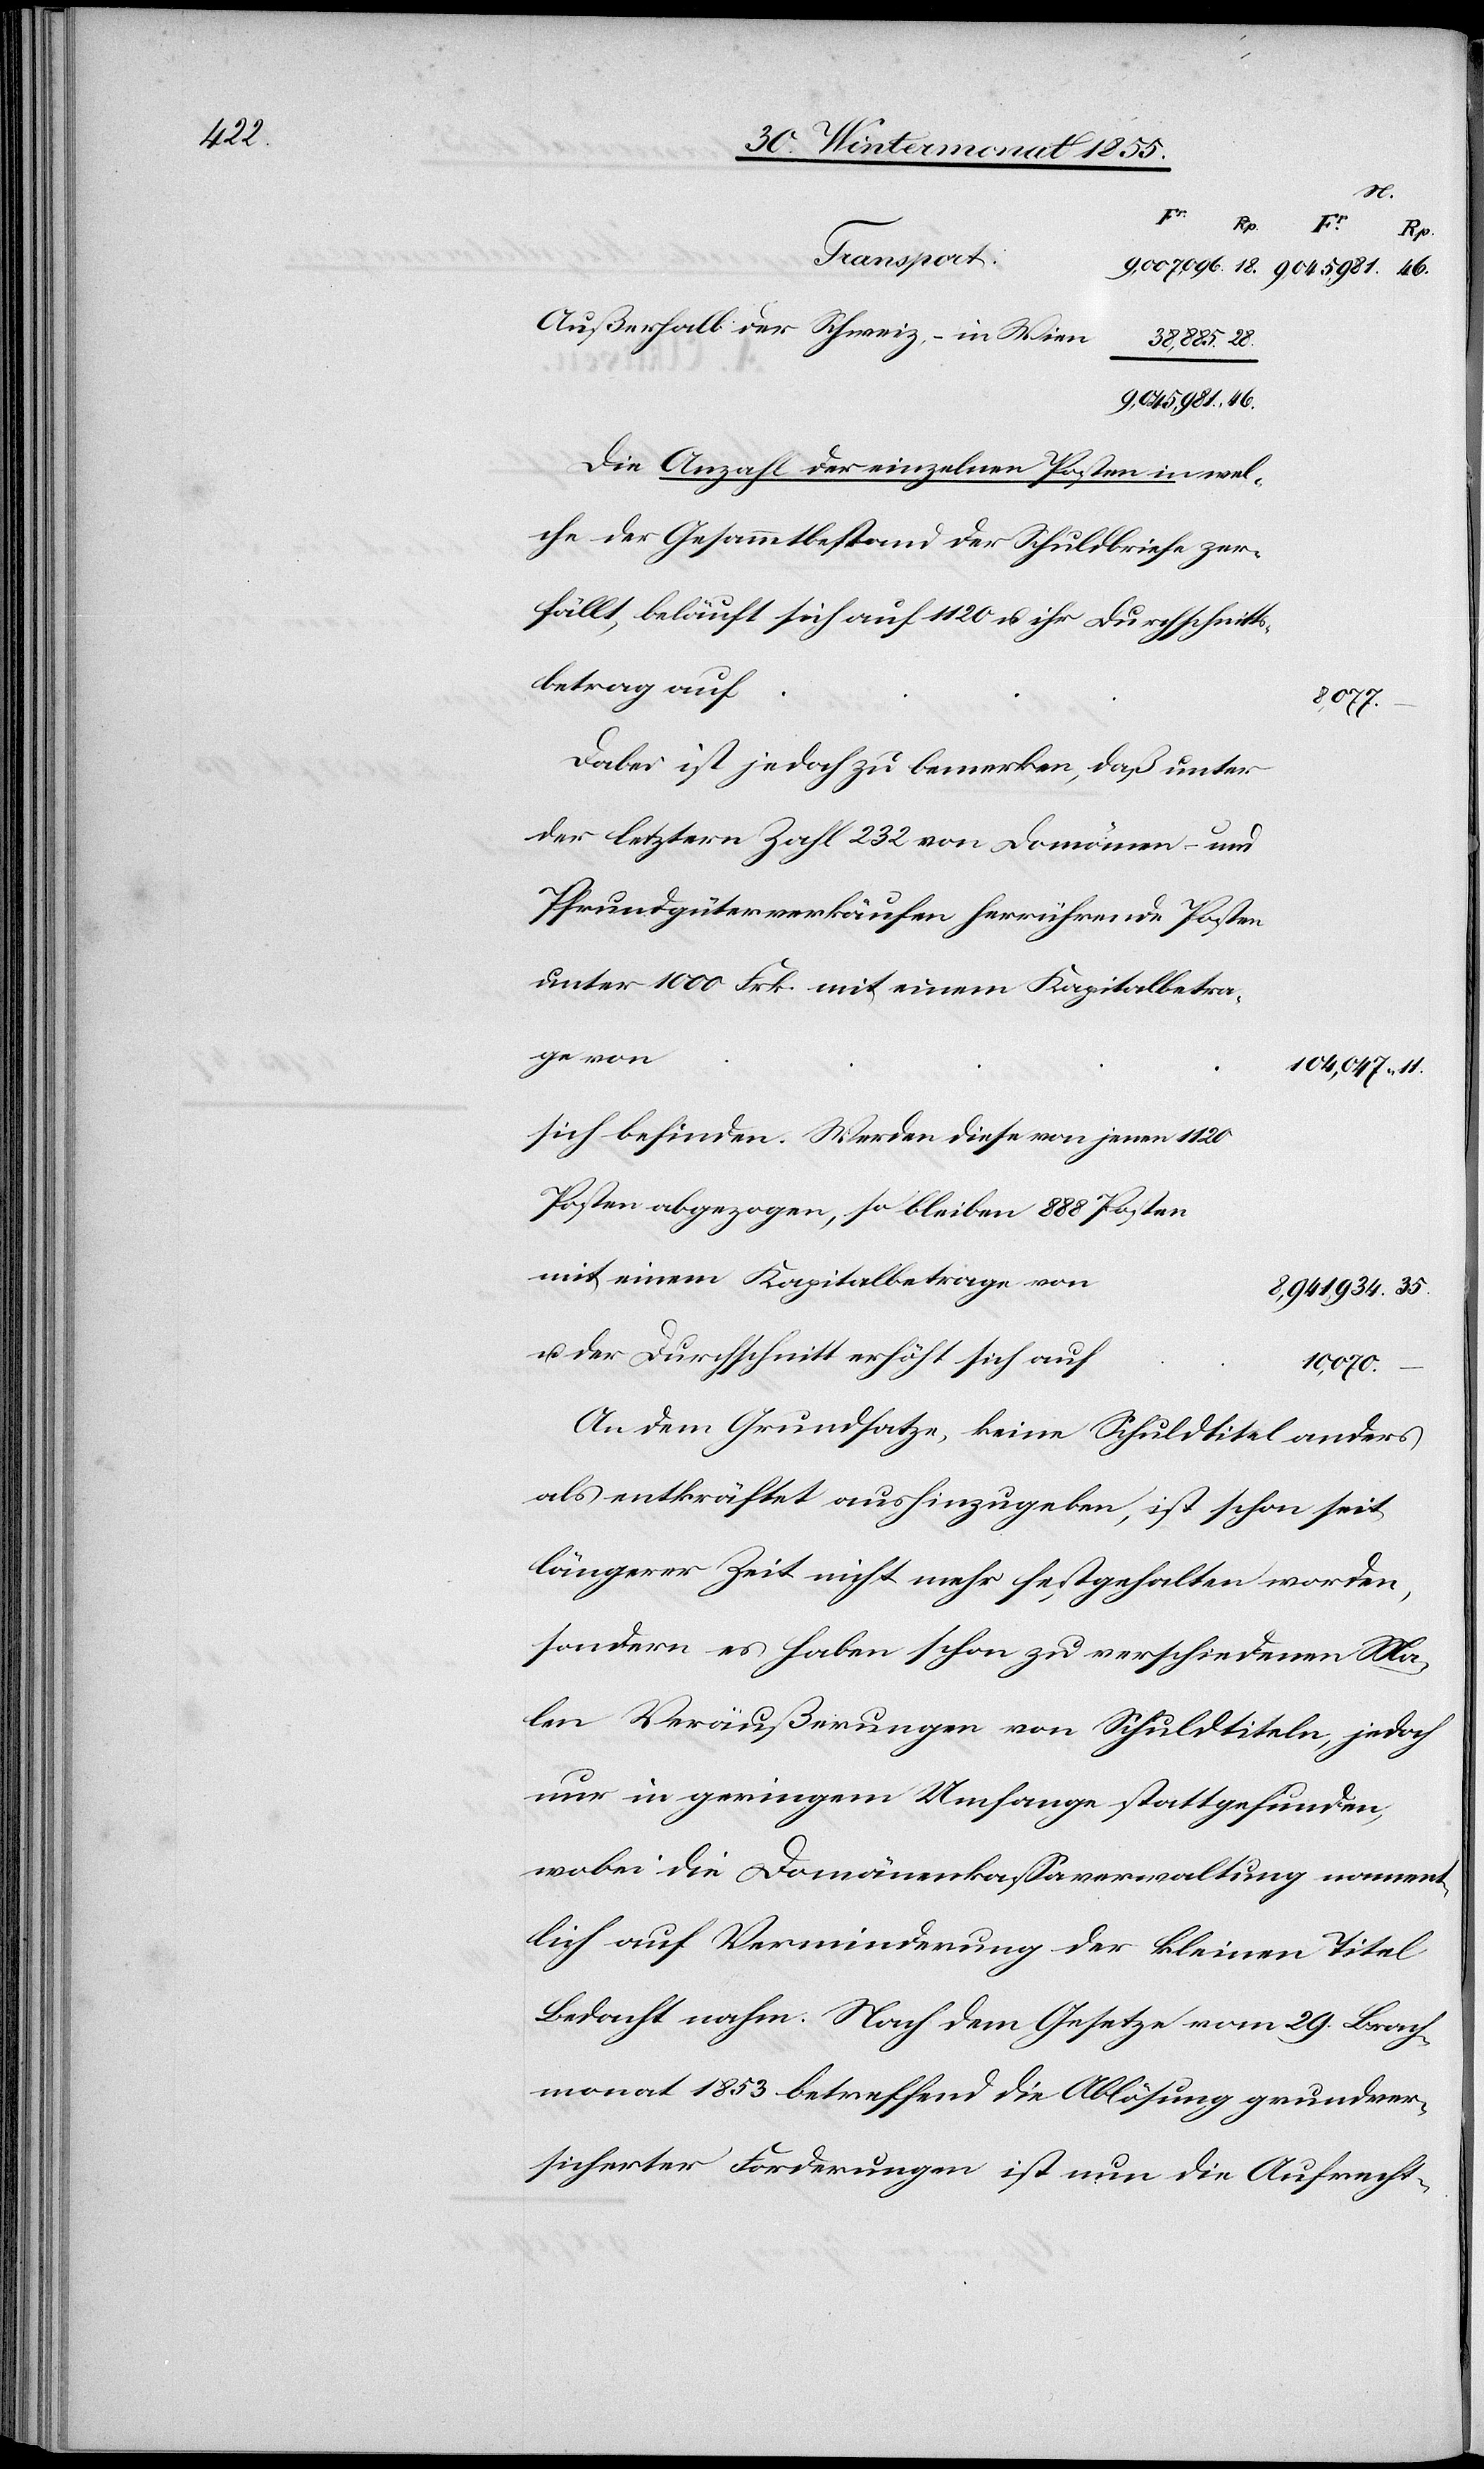
35.
Rp.
Rp.
Außerhalb der Schweiz, – in Wien
46.
38,885.
9,045,981.
Die Anzahl der einzelnen Posten in wel¬
che der Gesammtbestand der Schuldbriefe zer¬
fällt, beläuft sich auf 1120 u. ihr Durchschnitts¬
betrag auf
8,077.
Dabei ist jedoch zu bemerken, daß unter
der letztern Zahl 232 von Domänen- und
Pfrundgüterverkäufen herrührende Posten
unter 1000 Frk. mit einem Kapitalbetra¬
ge von
104,047.
sich befinden. Werden diese von jenen 1120
Posten abgezogen, so bleiben 888 Posten
mit einem Kapitalbetrage von
8,941,934.
u. der Durchschnitt erhöht sich auf
10,070.
–
An dem Grundsatze, keine Schuldtitel anders
als entkräftet aushinzugeben, ist schon seit
längerer Zeit nicht mehr festgehalten worden,
sondern es haben schon zu verschiedenen Ma¬
len Veräußerungen von Schuldtiteln, jedoch
nur in geringem Umfange stattgefunden,
wobei die Domänenkassaverwaltung namen¬
tlich auf Verminderung der kleinen Titel
Bedacht nahm. Nach dem Gesetze vom 29. Brach¬
monat 1853 betreffend die Ablösung grundver¬
sicherter Forderungen ist nun die Aufrecht-